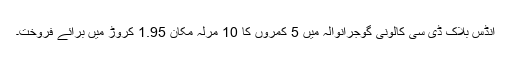
انڈس بلاک ڈی سی کالونی گوجرانوالہ میں 5 کمروں کا 10 مرلہ مکان 1.95 کروڑ میں برائے فروخت۔